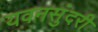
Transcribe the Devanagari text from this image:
यवनसुंदरी